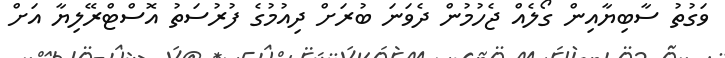
ވަގުތު ސާބިޔާއިން ގޯލެއް ޖެހުމުން ދެވަނަ ބުރަށް ދިއުމުގެ ފުރުސަތު އޮސްޓްރޭލިޔާ އަށް